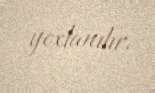
yoxlanılır.